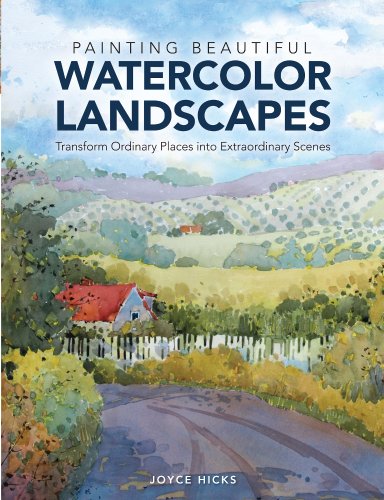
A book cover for Painting Beautiful Watercolor Landscapes: Transform Ordinary Places into Extraordinary Scenes; Joyce Hicks; Arts & Photography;